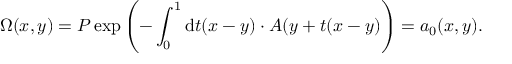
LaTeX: \Omega ( x , y ) = P \exp \left( - \int _ { 0 } ^ { 1 } \mathrm { d } t ( x - y ) \cdot A ( y + t ( x - y ) \right) = a _ { 0 } ( x , y ) .